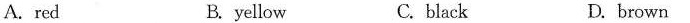
A.red B. yellow C. black D. brown